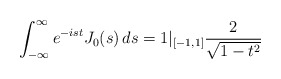
\begin{align*} \int_{-\infty}^{\infty} e^{-ist}J_0(s) \, ds = 1|_{[-1,1]}\frac{2}{\sqrt{1 - t^2}}\end{align*}